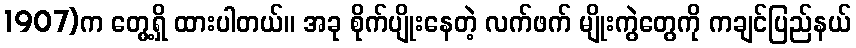
1907)က တွေ့ရှိ ထားပါတယ်။ အခု စိုက်ပျိုးနေတဲ့ လက်ဖက် မျိုးကွဲတွေကို ကချင်ပြည်နယ်